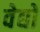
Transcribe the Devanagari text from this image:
वेद्यो